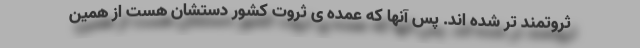
ثروتمند تر شده اند. پس آنها که عمده ی ثروت کشور دستشان هست از همین